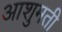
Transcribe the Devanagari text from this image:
आशुमती